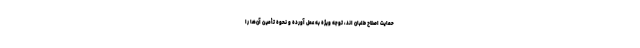
حمايت اصلاح طلبان اند، توجه ويژه به عمل آورده و نحوه تأمين آن‌ها را